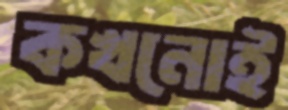
কখনোই